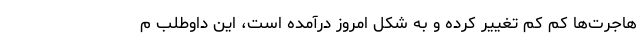
هاجرت‌ها کم کم تغییر کرده و به شکل امروز درآمده است، این داوطلب م